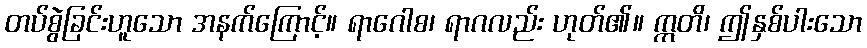
တပ်စွဲခြင်းဟူသော အနက်ကြောင့်။ ရာဂေါစ၊ ရာဂလည်း ဟုတ်၏။ ဣတိ၊ ဤနှစ်ပါးသော